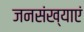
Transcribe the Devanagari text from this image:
जनसंख्याएं